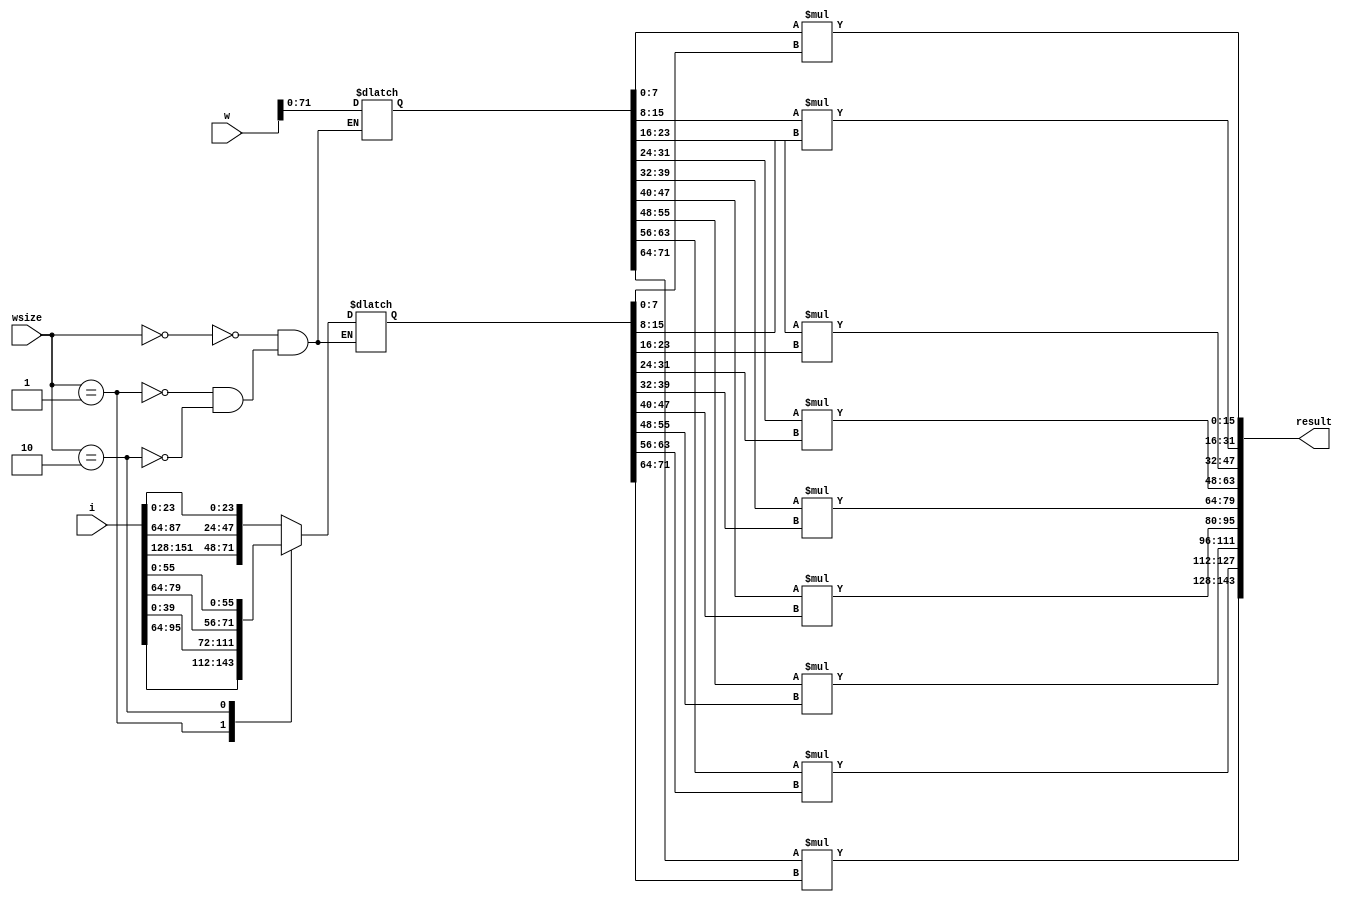
module CUBE#(
	
	parameter NO3 = 0,
	parameter NO5 = 0,
	parameter ID5 = 0,
	parameter NO7 = 0,
	parameter ID7 = 0
	
)(
	input [1:0]wsize,
	input [191:0]i,		// 3 REG
	input [391:0]w,		// max 7 * 7 * 8 bits
	output reg[143:0]result
);
	parameter SA= 0;
	parameter SB = 64;
	parameter SC = 128;
	parameter D1 = 7;
	parameter D2 = 15;
	parameter D3 = 23;
	parameter D4 = 31;
	parameter D5 = 39;
	parameter D6 = 47;
	parameter D7 = 55;
	
	reg [71:0]locali; 	//REG C B A get row
	reg [71:0]localw;
	//assign locali = (id<=5)? {i[128+23+8*id : 128+8*id] ,i[64+23+8*id : 64+8*id] ,i[23+8*id : 8*id]}: (id==6)? {i[135:128],i[191:176],i[71:64],i[127:112],i[7:0],i[63:48]} : {i[143:128],i[191,184],i[79:64],i[127:120],i[15:0],i[63:56]};
	integer j;
	
	always@(*)begin
		case(wsize)		
			0:begin		//3 * 3
				case(NO3)
					6:locali={i[SC +D1:SC +0],i[SC +D2+NO3*8 : SC +NO3*8],i[SB +D1:SB +0],i[SB +D2+NO3*8 : SB +NO3*8],i[D1:0],i[D2+NO3*8 :NO3*8]};
					7:locali={i[SC +D2:SC +0],i[SC +D1+NO3*8 : SC +NO3*8],i[SB +D2:SB +0],i[SB +D1+NO3*8 : SB +NO3*8],i[D2:0],i[D1+NO3*8 :NO3*8]};
					default: locali = {i[SC +D3+NO3*8 : SC +NO3*8] ,i[SB +D3+NO3*8 :SB +NO3*8] ,i[D3+NO3*8 : NO3*8]};
				endcase	
					/*
					6:locali = {i[135:128],i[191:176],i[71:64],i[127:112],i[7:0],i[63:48]};
					7:locali = {i[143:128],i[191:184],i[79:64],i[127:120],i[15:0],i[63:56]};*/
			end
			1:begin		//5 * 5
				case(ID5)	
					0:begin	//REG C B A
						case(NO5)
							4:locali = {i[SB+ D4+NO5*8: SB+ 0+NO5*8],i[D1:0],i[ D4+NO5*8: 0+NO5*8]};						//	7654 | 07654
							5:locali = {i[SB+ D1: SB+ 0],i[SB+ D3+NO5*8: SB+ 0+NO5*8],i[D2:0],i[ D3+NO5*8: 0+NO5*8]};	//	0765 | 10765
							6:locali = {i[SB+ D2: SB+ 0],i[SB+ D2+NO5*8: SB+ 0+NO5*8],i[D3:0],i[ D2+NO5*8: 0+NO5*8]};	//  1076 | 21076
							7:locali = {i[SB+ D3: SB+ 0],i[SB+ D1+NO5*8: SB+ 0+NO5*8],i[D4:0],i[ D1+NO5*8: 0+NO5*8]};		//  2107 | 32107
							default:locali = {i[SB+ D4+NO5*8: SB+ 0+NO5*8],i[ D5+NO5*8: 0+NO5*8]};	
						endcase
					end
					1:begin	 // REG D C B
						case(NO5)
							4:locali = {i[SC + D3+NO5*8: SC + 0 +NO5*8],i[SB+ D1+NO5*8: SB+ 0+NO5*8],i[SB + D4+NO5*8 : SB + 0+NO5*8],i[D1+(NO5-4)*8:(NO5-4)*8]};
							5:locali = {i[SC + D3+NO5*8: SC + 0 +NO5*8],i[SB+ D2: SB+ 0],i[SB + D3+NO5*8 : SB + 0+NO5*8],i[D1+(NO5-4)*8:(NO5-4)*8]};
							6:locali = {i[SC + D1: SC + 0],i[SC + D2+NO5*8: SC + 0 +NO5*8],i[SB+ D3: SB+ 0],i[SB + D2+NO5*8 : SB + 0+NO5*8],i[D1+(NO5-4)*8:(NO5-4)*8]};
							7:locali = {i[SC + D2: SC + 0],i[SC + D1+NO5*8: SC + 0 +NO5*8],i[SB+ D4: SB+ 0],i[SB + D1+NO5*8 : SB + 0+NO5*8],i[D1+(NO5-4)*8:(NO5-4)*8]};
							default:locali = {i[SC + D3+NO5*8: SC + 0 +NO5*8],i[SB + D5+NO5*8 : SB + 0+NO5*8],i[D1+(NO5+4)*8:(NO5+4)*8]};
						endcase
					end
					2:begin	 // REG E D C
						case(NO5)
							4:locali = {{16{1'b0}},i[SC + D1: SC +0],i[SC + D4+NO5*8 : SC + 0+NO5*8],i[SB + D1:SB +0],i[SB + D1+(NO5+3)*8 : SB + 0+(NO5+3)*8]};
							5:locali = {{16{1'b0}},i[SC + D2: SC +0],i[SC + D3+NO5*8 : SC + 0+NO5*8],i[SB + D2+(NO5-5)*8 : SB + 0+(NO5-5)*8]};
							6:locali = {{16{1'b0}},i[SC + D3: SC +0],i[SC + D2+NO5*8 : SC + 0+NO5*8],i[SB + D2+(NO5-5)*8 : SB + 0+(NO5-5)*8]};
							7:locali = {{16{1'b0}},i[SC + D4: SC +0],i[SC + D1+NO5*8 : SC + 0+NO5*8],i[SB + D2+(NO5-5)*8 : SB + 0+(NO5-5)*8]};
							default:locali= {{16{1'b0}},i[SC +D5+NO5*8 : SC +0+NO5*8],i[SB + D2+(NO5+3)*8 : SB + 0+(NO5+3)*8]};
						endcase
					end
					3:locali={72{1'b0}};
				endcase
			end
			2:begin  //7 * 7
				case(ID7)
					0:begin		// REG C B A
						case(NO7)
							2:locali={i[SB+ D2+NO7*8:SB+ 0+NO7*8],i[D1:0],i[D6+NO7*8: 0+NO7*8]};
							3:locali={i[SB+ D2+NO7*8:SB+ 0+NO7*8],i[D2:0],i[D5+NO7*8: 0+NO7*8]};
							4:locali={i[SB+ D2+NO7*8:SB+ 0+NO7*8],i[D3:0],i[D4+NO7*8: 0+NO7*8]};
							5:locali={i[SB+ D2+NO7*8:SB+ 0+NO7*8],i[D4:0],i[D3+NO7*8: 0+NO7*8]};
							6:locali={i[SB+ D2+NO7*8:SB+ 0+NO7*8],i[D5:0],i[D2+NO7*8: 0+NO7*8]};
							7:locali={i[SB+ D1:SB+ 0],i[SB+ D1+NO7*8:SB+ 0+NO7*8],i[D6:0],i[D1+NO7*8: 0+NO7*8]};
							default:locali={i[SB+ D2+NO7*8 :SB+ 0+NO7*8],i[D7+NO7*8: 0+NO7*8]};
						endcase
					end
					1:begin	  //REG D C B
						case(NO7)
							2:locali={i[SB +D4+NO7*8:SB +0+NO7*8],i[D1:0],i[D4+(NO7+2)*8:0+(NO7+2)*8]};
							3:locali={i[SB +D4+NO7*8:SB +0+NO7*8],i[D2:0],i[D3+(NO7+2)*8:0+(NO7+2)*8]};
							4:locali={i[SB +D4+NO7*8:SB +0+NO7*8],i[D3:0],i[D2+(NO7+2)*8:0+(NO7+2)*8]};
							5:locali={i[SB +D1:SB+0],i[SB +D3+NO7*8:SB +0+NO7*8],i[D4:0],i[D1+(NO7+2)*8:0+(NO7+2)*8]};
							6:locali={i[SB +D2:SB+0],i[SB +D2+NO7*8:SB +0+NO7*8],i[D5:0]};
							7:locali={i[SB +D3:SB+0],i[SB +D1+NO7*8:SB +0+NO7*8],i[D5+8:8]};
							default:locali={i[SB +D4+NO7*8:SB +0+NO7*8],i[D5+(NO7+2)*8:0+(NO7+2)*8]};
						endcase
					end
					2:begin	 //REG E D C
						case(NO7)
							2:locali={i[SB +D6+NO7*8:SB +NO7*8],i[D1:0],i[D2+ (NO7+4)*8: (NO7+4)*8]};
							3:locali={i[SB +D1:SB+0],i[SB +D5+NO7*8:SB +NO7*8],i[D2:0],i[D1+ (NO7+4)*8: (NO7+4)*8]};
							4:locali={i[SB +D2:SB+0],i[SB +D4+NO7*8:SB +NO7*8],i[D3+ (NO7-4)*8: (NO7-4)*8]};
							5:locali={i[SB +D3:SB+0],i[SB +D3+NO7*8:SB +NO7*8],i[D3+ (NO7-4)*8: (NO7-4)*8]};
							6:locali={i[SB +D4:SB+0],i[SB +D2+NO7*8:SB +NO7*8],i[D3+ (NO7-4)*8: (NO7-4)*8]};
							7:locali={i[SB +D5:SB+0],i[SB +D1+NO7*8:SB +NO7*8],i[D3+ (NO7-4)*8: (NO7-4)*8]};
							default:locali={i[SB +D6+NO7*8:SB +NO7*8],i[D3+ (NO7+4)*8: (NO7+4)*8]};
						endcase
					end
					3:begin	 //REG F E D
						case(NO7)
							2:locali={i[SC +D1+NO7*8:SC +NO7*8],i[SB +D1:SB +0],i[SB +D6+NO7*8:SB +0+NO7*8],i[D1+(NO7-2)*8:(NO7-2)*8]};
							3:locali={i[SC +D1+NO7*8:SC +NO7*8],i[SB +D2:SB +0],i[SB +D5+NO7*8:SB +0+NO7*8],i[D1+(NO7-2)*8:(NO7-2)*8]};
							4:locali={i[SC +D1+NO7*8:SC +NO7*8],i[SB +D3:SB +0],i[SB +D4+NO7*8:SB +0+NO7*8],i[D1+(NO7-2)*8:(NO7-2)*8]};
							5:locali={i[SC +D1+NO7*8:SC +NO7*8],i[SB +D4:SB +0],i[SB +D3+NO7*8:SB +0+NO7*8],i[D1+(NO7-2)*8:(NO7-2)*8]};
							6:locali={i[SC +D1+NO7*8:SC +NO7*8],i[SB +D5:SB +0],i[SB +D2+NO7*8:SB +0+NO7*8],i[D1+(NO7-2)*8:(NO7-2)*8]};
							7:locali={i[SC +D1+NO7*8:SC +NO7*8],i[SB +D6:SB +0],i[SB +D1+NO7*8:SB +0+NO7*8],i[D1+(NO7-2)*8:(NO7-2)*8]};
							default:locali={i[SC +D1+NO7*8:SC +NO7*8],i[SB +D7+NO7*8:SB +NO7*8],i[D1+(NO7+6)*8:(NO7+6)*8]};
						endcase
					end
					4:begin	 //REG G F E
						case(NO7)
							2:locali={i[SC +D3+NO7*8:SC +0+NO7*8],i[SB +D1:SB +0],i[SB +D5+(NO7+1)*8:SB +0+(NO7+1)*8]};
							3:locali={i[SC +D3+NO7*8:SC +0+NO7*8],i[SB +D2:SB +0],i[SB +D4+(NO7+1)*8:SB +0+(NO7+1)*8]};
							4:locali={i[SC +D3+NO7*8:SC +0+NO7*8],i[SB +D3:SB +0],i[SB +D3+(NO7+1)*8:SB +0+(NO7+1)*8]};
							5:locali={i[SC +D3+NO7*8:SC +0+NO7*8],i[SB +D4:SB +0],i[SB +D2+(NO7+1)*8:SB +0+(NO7+1)*8]};
							6:locali={i[SC +D1:SC +0],i[SC +D2+NO7*8:SC +0+NO7*8],i[SB +D5:SB +0],i[SB +D1+(NO7+1)*8:SB +0+(NO7+1)*8]};
							7:locali={i[SC +D2:SC +0],i[SC +D1+NO7*8:SC +0+NO7*8],i[SB +D6:SB +0]};
							default:locali={i[SC +D3+NO7*8:SC +0+NO7*8],i[SB +D6+(NO7+1)*8:SB +0+(NO7+1)*8]};
						endcase
					end
					5:begin  //REG G F END
						case(NO7)	
							2:locali={{40{1'b0}},i[SC +D1:SC +0],i[SC +D3+(NO7+3)*8:SC +0+(NO7+3)*8]};
							3:locali={{40{1'b0}},i[SC +D2:SC +0],i[SC +D2+(NO7+3)*8:SC +0+(NO7+3)*8]};
							4:locali={{40{1'b0}},i[SC +D3:SC +0],i[SC +D1+(NO7+3)*8:SC +0+(NO7+3)*8]};
							5:locali={{40{1'b0}},i[SC +D4:SC +0]};
							6:locali={{40{1'b0}},i[SC +D4+8:SC +8]};
							7:locali={{40{1'b0}},i[SC +D4+15:SC +15]};
							default:locali={{40{1'b0}},i[SC +D4+(NO7+3)*8:SC +0+(NO7+3)*8]};
						endcase
					end
					6:locali={72{1'b0}};
				endcase
			end
		endcase
	end
	
	always@(*)begin
		case(wsize)
			0:localw = w[71:0];
			1:localw = w[ID5*72+71:ID5*72];
			2:begin
				case(ID7)
					5:localw = {32'b0,w[391:360]};
					6:localw = 0;
					default:localw = w[ID5*72+71:ID5*72];
				endcase
			end
		endcase
	end
	
	always@(*)begin
		for(j=0;j<9;j=j+1)begin
			result[16*j +: 16]= localw[8*j +: 8] * locali[8*j +: 8];
		end
	end
	/*
		result[15:0]   = w[7 : 0]   * locali[7 : 0]; 	//0
		result[63:48]  = w[15 : 8]  * locali[15 : 8];   //1
		result[111:96] = w[23 : 16] * locali[23 : 16];  //2
		result[31:16]  = w[31 : 24] * locali[31 : 24];  //3
		result[79:64]  = w[39 : 32] * locali[39 : 32];
		result[127:112]= w[47 : 40] * locali[47 : 40];
		result[47:32]  = w[55 : 48] * locali[55 : 48];
		result[95:80]  = w[63 : 56] * locali[63 : 56];
		result[143:128]= w[71 : 64] * locali[71 : 64];
	*/
		/*
		 0 3 6
		 1 4 7
		 2 5 8
		 result = [ 8 , 5 , 2 , 7 , 4 , 1 , 6 , 3 , 0 ] for add
		*/
		/*
		//integer j;
		for(j=0;j<9;j=j+1)begin
			result[?]= w[8*j+7 : 8*j] * locali[8*j+7 : 8*j];
		end
		*/
	
endmodule


module MUL#(
	parameter In_Width   = 8, 
	parameter Out_Width  = 9,
	parameter Addr_Width = 16
)(
	input clk,
	input rst,
	input [1:0]ctrl,			//0: end , 1:start , 2:hold   
	
	input  [63:0] i_data, 		
	input  [63:0] w_data,
	input i_valid,w_valid,
	input  [1:0] Wsize,
	input  stride,
	output reg [9215:0] result,
	output reg res_valid,

	output finish

);
	parameter STATE_Width = 3;
	parameter FINISH  = 3'd1;
	parameter WAIT   = 3'd2;
	parameter COMPUTE = 3'd3;
	
	parameter HOLD = 2'd2;
	parameter START = 2'd1;
	parameter END = 2'd0;
	
	parameter D1 = 63;
	parameter KEEP =32;

	reg [STATE_Width-1:0] PS, NS;
    
	wire[191:0]icu0; 	//REG A B C			//can reg? 3 regx
	wire[191:0]icu1;	//REG A B C ,B C D	
	wire[191:0]icu2;	//REG A B C ,C D E	
	wire[191:0]icu3;	//REG A B C ,D E F 
	wire[191:0]icu4;	//REG A B C ,B C D , E F G
	wire[191:0]icu5;	//REG A B C ,C D E , E F G 
	
	//ifm 
	reg [63:0]rega;
	reg [63:0]regb;
	reg [63:0]regc;
	reg [63:0]regd;
	reg [63:0]rege;
	reg [63:0]regf;
	reg [63:0]regg;
	reg [63:0]regh;
	
	//reg [447:0]w;				//5 * 5 * 8 bits * 2 => (50 -> 56) * 8 / 64 = 7.0
	reg [1599:0]w;	 
	reg [3:0]widcnt;			//current regw save 4 w
	reg [5:0]widstart;
	reg [391:0]wcu[0:7];
	integer idx,idxx;
	/*
	wire [391:0]wcu0;
	wire [391:0]wcu1;
	wire [391:0]wcu2;
	wire [391:0]wcu3;
	wire [391:0]wcu4;
	wire [391:0]wcu5;
	wire [391:0]wcu6;
	wire [391:0]wcu7;*/
	
	reg [3:0]ccnt,rcnt;			// 8 ccnt => 1 rcnt
	reg cnt7_7_2;
	
	wire [9215:0]result_tmp;
	/*
	genvar idx;
	generate 
		for(idx=0 ; idx<64 ; idx =idx+1)begin: label
			CUBE #(.NO3(),.NO5(),.ID5(),.NO7(),.ID7())cube(.wsize(Wsize),.i(icu),.w(wcu),.result(res[143:0]));
		end
	endgenerate
	*/
	/*
	CUBE #(0)C0(.i(icu),.w(wcu),.result(res[143:0]));
	CUBE #(1)C1(.i(icu),.w(wcu),.result(res[287:144]));
	CUBE #(2)C2(.i(icu),.w(wcu),.result(res[431:288]));
	CUBE #(3)C3(.i(icu),.w(wcu),.result(res[575:432]));
	CUBE #(4)C4(.i(icu),.w(wcu),.result(res[719:576]));
	CUBE #(5)C5(.i(icu),.w(wcu),.result(res[863:720]));
	CUBE #(6)C6(.i(icu),.w(wcu),.result(res[1007:864]));
	CUBE #(7)C7(.i(icu),.w(wcu),.result(res[1151:1008]));*/
	
	CUBE #(.NO3(0),.NO5(0),.ID5(0),.NO7(0),.ID7(0))C0(.wsize(Wsize),.i(icu0),.w(wcu[0]),.result(result_tmp[1151:1008]));
	CUBE #(.NO3(1),.NO5(0),.ID5(1),.NO7(0),.ID7(1))C1(.wsize(Wsize),.i(icu1),.w(wcu[0]),.result(result_tmp[1151:1008]));
	CUBE #(.NO3(2),.NO5(0),.ID5(2),.NO7(0),.ID7(2))C2(.wsize(Wsize),.i(icu2),.w(wcu[0]),.result(result_tmp[1151:1008]));
	CUBE #(.NO3(3),.NO5(1),.ID5(0),.NO7(0),.ID7(3))C3(.wsize(Wsize),.i(icu3),.w(wcu[0]),.result(result_tmp[1151:1008]));
	CUBE #(.NO3(4),.NO5(1),.ID5(1),.NO7(0),.ID7(4))C4(.wsize(Wsize),.i(icu4),.w(wcu[0]),.result(result_tmp[1151:1008]));
	CUBE #(.NO3(5),.NO5(1),.ID5(2),.NO7(0),.ID7(5))C5(.wsize(Wsize),.i(icu5),.w(wcu[0]),.result(result_tmp[1151:1008]));
	CUBE #(.NO3(6),.NO5(2),.ID5(0),.NO7(1),.ID7(6))C6(.wsize(Wsize),.i(icu0),.w(wcu[0]),.result(result_tmp[1151:1008]));
	CUBE #(.NO3(7),.NO5(2),.ID5(1),.NO7(1),.ID7(7))C7(.wsize(Wsize),.i(icu1),.w(wcu[0]),.result(result_tmp[1151:1008]));
	CUBE #(.NO3(0),.NO5(2),.ID5(2),.NO7(1),.ID7(0))C8(.wsize(Wsize),.i(icu2),.w(wcu[1]),.result(result_tmp[1151:1008]));
	CUBE #(.NO3(1),.NO5(3),.ID5(0),.NO7(1),.ID7(1))C9(.wsize(Wsize),.i(icu3),.w(wcu[1]),.result(result_tmp[1151:1008]));
	CUBE #(.NO3(2),.NO5(3),.ID5(1),.NO7(1),.ID7(2))C10(.wsize(Wsize),.i(icu4),.w(wcu[1]),.result(result_tmp[1151:1008]));
	CUBE #(.NO3(3),.NO5(3),.ID5(2),.NO7(1),.ID7(3))C11(.wsize(Wsize),.i(icu5),.w(wcu[1]),.result(result_tmp[1151:1008]));
	CUBE #(.NO3(4),.NO5(4),.ID5(0),.NO7(2),.ID7(4))C12(.wsize(Wsize),.i(icu0),.w(wcu[1]),.result(result_tmp[1151:1008]));
	CUBE #(.NO3(5),.NO5(4),.ID5(1),.NO7(2),.ID7(5))C13(.wsize(Wsize),.i(icu1),.w(wcu[1]),.result(result_tmp[1151:1008]));
	CUBE #(.NO3(6),.NO5(4),.ID5(2),.NO7(2),.ID7(6))C14(.wsize(Wsize),.i(icu2),.w(wcu[1]),.result(result_tmp[1151:1008]));
	CUBE #(.NO3(7),.NO5(5),.ID5(0),.NO7(2),.ID7(7))C15(.wsize(Wsize),.i(icu3),.w(wcu[1]),.result(result_tmp[1151:1008]));
	CUBE #(.NO3(0),.NO5(5),.ID5(1),.NO7(2),.ID7(0))C16(.wsize(Wsize),.i(icu4),.w(wcu[2]),.result(result_tmp[1151:1008]));
	CUBE #(.NO3(1),.NO5(5),.ID5(2),.NO7(2),.ID7(1))C17(.wsize(Wsize),.i(icu5),.w(wcu[2]),.result(result_tmp[1151:1008]));
	CUBE #(.NO3(2),.NO5(6),.ID5(0),.NO7(3),.ID7(2))C18(.wsize(Wsize),.i(icu0),.w(wcu[2]),.result(result_tmp[1151:1008]));
	CUBE #(.NO3(3),.NO5(6),.ID5(1),.NO7(3),.ID7(3))C19(.wsize(Wsize),.i(icu1),.w(wcu[2]),.result(result_tmp[1151:1008]));
	CUBE #(.NO3(4),.NO5(6),.ID5(2),.NO7(3),.ID7(4))C20(.wsize(Wsize),.i(icu2),.w(wcu[2]),.result(result_tmp[1151:1008]));
	CUBE #(.NO3(5),.NO5(7),.ID5(0),.NO7(3),.ID7(5))C21(.wsize(Wsize),.i(icu3),.w(wcu[2]),.result(result_tmp[1151:1008]));
	CUBE #(.NO3(6),.NO5(7),.ID5(1),.NO7(3),.ID7(6))C22(.wsize(Wsize),.i(icu4),.w(wcu[2]),.result(result_tmp[1151:1008]));
	CUBE #(.NO3(7),.NO5(7),.ID5(2),.NO7(3),.ID7(7))C23(.wsize(Wsize),.i(icu5),.w(wcu[2]),.result(result_tmp[1151:1008]));
	CUBE #(.NO3(0),.NO5(0),.ID5(0),.NO7(4),.ID7(0))C24(.wsize(Wsize),.i(icu0),.w(wcu[3]),.result(result_tmp[1151:1008]));
	CUBE #(.NO3(1),.NO5(0),.ID5(1),.NO7(4),.ID7(1))C25(.wsize(Wsize),.i(icu1),.w(wcu[3]),.result(result_tmp[1151:1008]));
	CUBE #(.NO3(2),.NO5(0),.ID5(2),.NO7(4),.ID7(2))C26(.wsize(Wsize),.i(icu2),.w(wcu[3]),.result(result_tmp[1151:1008]));
	CUBE #(.NO3(3),.NO5(1),.ID5(0),.NO7(4),.ID7(3))C27(.wsize(Wsize),.i(icu3),.w(wcu[3]),.result(result_tmp[1151:1008]));
	CUBE #(.NO3(4),.NO5(1),.ID5(1),.NO7(4),.ID7(4))C28(.wsize(Wsize),.i(icu4),.w(wcu[3]),.result(result_tmp[1151:1008]));
	CUBE #(.NO3(5),.NO5(1),.ID5(2),.NO7(4),.ID7(5))C29(.wsize(Wsize),.i(icu5),.w(wcu[3]),.result(result_tmp[1151:1008]));
	CUBE #(.NO3(6),.NO5(2),.ID5(0),.NO7(5),.ID7(6))C30(.wsize(Wsize),.i(icu0),.w(wcu[3]),.result(result_tmp[1151:1008]));
	CUBE #(.NO3(7),.NO5(2),.ID5(1),.NO7(5),.ID7(7))C31(.wsize(Wsize),.i(icu1),.w(wcu[3]),.result(result_tmp[1151:1008]));
	CUBE #(.NO3(0),.NO5(2),.ID5(2),.NO7(5),.ID7(0))C32(.wsize(Wsize),.i(icu2),.w(wcu[4]),.result(result_tmp[1151:1008]));
	CUBE #(.NO3(1),.NO5(3),.ID5(0),.NO7(5),.ID7(1))C33(.wsize(Wsize),.i(icu3),.w(wcu[4]),.result(result_tmp[1151:1008]));
	CUBE #(.NO3(2),.NO5(3),.ID5(1),.NO7(5),.ID7(2))C34(.wsize(Wsize),.i(icu4),.w(wcu[4]),.result(result_tmp[1151:1008]));
	CUBE #(.NO3(3),.NO5(3),.ID5(2),.NO7(5),.ID7(3))C35(.wsize(Wsize),.i(icu5),.w(wcu[4]),.result(result_tmp[1151:1008]));
	CUBE #(.NO3(4),.NO5(4),.ID5(0),.NO7(6),.ID7(4))C36(.wsize(Wsize),.i(icu0),.w(wcu[4]),.result(result_tmp[1151:1008]));
	CUBE #(.NO3(5),.NO5(4),.ID5(1),.NO7(6),.ID7(5))C37(.wsize(Wsize),.i(icu1),.w(wcu[4]),.result(result_tmp[1151:1008]));
	CUBE #(.NO3(6),.NO5(4),.ID5(2),.NO7(6),.ID7(6))C38(.wsize(Wsize),.i(icu2),.w(wcu[4]),.result(result_tmp[1151:1008]));
	CUBE #(.NO3(7),.NO5(5),.ID5(0),.NO7(6),.ID7(7))C39(.wsize(Wsize),.i(icu3),.w(wcu[4]),.result(result_tmp[1151:1008]));
	CUBE #(.NO3(0),.NO5(5),.ID5(1),.NO7(6),.ID7(0))C40(.wsize(Wsize),.i(icu4),.w(wcu[5]),.result(result_tmp[1151:1008]));
	CUBE #(.NO3(1),.NO5(5),.ID5(2),.NO7(6),.ID7(1))C41(.wsize(Wsize),.i(icu5),.w(wcu[5]),.result(result_tmp[1151:1008]));
	CUBE #(.NO3(2),.NO5(6),.ID5(0),.NO7(7),.ID7(2))C42(.wsize(Wsize),.i(icu0),.w(wcu[5]),.result(result_tmp[1151:1008]));
	CUBE #(.NO3(3),.NO5(6),.ID5(1),.NO7(7),.ID7(3))C43(.wsize(Wsize),.i(icu1),.w(wcu[5]),.result(result_tmp[1151:1008]));
	CUBE #(.NO3(4),.NO5(6),.ID5(2),.NO7(7),.ID7(4))C44(.wsize(Wsize),.i(icu2),.w(wcu[5]),.result(result_tmp[1151:1008]));
	CUBE #(.NO3(5),.NO5(7),.ID5(0),.NO7(7),.ID7(5))C45(.wsize(Wsize),.i(icu3),.w(wcu[5]),.result(result_tmp[1151:1008]));
	CUBE #(.NO3(6),.NO5(7),.ID5(1),.NO7(7),.ID7(6))C46(.wsize(Wsize),.i(icu4),.w(wcu[5]),.result(result_tmp[1151:1008]));
	CUBE #(.NO3(7),.NO5(7),.ID5(2),.NO7(7),.ID7(7))C47(.wsize(Wsize),.i(icu5),.w(wcu[5]),.result(result_tmp[1151:1008]));
	
	CUBE #(.NO3(0),.NO5(4),.ID5(3),.NO7(1),.ID7(6))C48(.wsize(Wsize),.i(icu0),.w(wcu[6]),.result(result_tmp[1151:1008]));
	CUBE #(.NO3(1),.NO5(4),.ID5(3),.NO7(1),.ID7(6))C49(.wsize(Wsize),.i(icu0),.w(wcu[6]),.result(result_tmp[1151:1008]));
	CUBE #(.NO3(2),.NO5(4),.ID5(3),.NO7(1),.ID7(6))C50(.wsize(Wsize),.i(icu0),.w(wcu[6]),.result(result_tmp[1151:1008]));
	CUBE #(.NO3(3),.NO5(4),.ID5(3),.NO7(1),.ID7(6))C51(.wsize(Wsize),.i(icu0),.w(wcu[6]),.result(result_tmp[1151:1008]));
	CUBE #(.NO3(4),.NO5(4),.ID5(3),.NO7(1),.ID7(6))C52(.wsize(Wsize),.i(icu0),.w(wcu[6]),.result(result_tmp[1151:1008]));
	CUBE #(.NO3(5),.NO5(4),.ID5(3),.NO7(1),.ID7(6))C53(.wsize(Wsize),.i(icu0),.w(wcu[6]),.result(result_tmp[1151:1008]));
	CUBE #(.NO3(6),.NO5(4),.ID5(3),.NO7(1),.ID7(6))C54(.wsize(Wsize),.i(icu0),.w(wcu[6]),.result(result_tmp[1151:1008]));
	CUBE #(.NO3(7),.NO5(4),.ID5(3),.NO7(1),.ID7(6))C55(.wsize(Wsize),.i(icu0),.w(wcu[6]),.result(result_tmp[1151:1008]));
	CUBE #(.NO3(0),.NO5(4),.ID5(3),.NO7(1),.ID7(6))C56(.wsize(Wsize),.i(icu0),.w(wcu[7]),.result(result_tmp[1151:1008]));
	CUBE #(.NO3(1),.NO5(4),.ID5(3),.NO7(1),.ID7(6))C57(.wsize(Wsize),.i(icu0),.w(wcu[7]),.result(result_tmp[1151:1008]));
	CUBE #(.NO3(2),.NO5(4),.ID5(3),.NO7(1),.ID7(6))C58(.wsize(Wsize),.i(icu0),.w(wcu[7]),.result(result_tmp[1151:1008]));
	CUBE #(.NO3(3),.NO5(4),.ID5(3),.NO7(1),.ID7(6))C59(.wsize(Wsize),.i(icu0),.w(wcu[7]),.result(result_tmp[1151:1008]));
	CUBE #(.NO3(4),.NO5(4),.ID5(3),.NO7(1),.ID7(6))C60(.wsize(Wsize),.i(icu0),.w(wcu[7]),.result(result_tmp[1151:1008]));
	CUBE #(.NO3(5),.NO5(4),.ID5(3),.NO7(1),.ID7(6))C61(.wsize(Wsize),.i(icu0),.w(wcu[7]),.result(result_tmp[1151:1008]));
	CUBE #(.NO3(6),.NO5(4),.ID5(3),.NO7(1),.ID7(6))C62(.wsize(Wsize),.i(icu0),.w(wcu[7]),.result(result_tmp[1151:1008]));
	CUBE #(.NO3(7),.NO5(4),.ID5(3),.NO7(1),.ID7(6))C63(.wsize(Wsize),.i(icu0),.w(wcu[7]),.result(result_tmp[1151:1008]));
	
 
	assign icu0 = {regc,regb,rega};
	assign icu1 = (Wsize==0)?{regc,regb,rega} : {regd,regc,regb};
	assign icu2 = (Wsize==0)?{regc,regb,rega} : {rege,regd,regc};
	assign icu3 = (Wsize==0)?{regc,regb,rega} : (Wsize==1)? {regc,regb,rega}: {regf,rege,regd};
	assign icu4 = (Wsize==0)?{regc,regb,rega} : (Wsize==1)? {regd,regc,regb}: {regg,regf,rege};
	assign icu5 = (Wsize==0)?{regc,regb,rega} : (Wsize==1)? {rege,regd,regc}: {regg,regf,rege};
	
	assign finish = (PS == FINISH);
	
	always@(*)begin
		if(rst)begin
			result= 0;
		end
		if(stride==0)begin
			result = result_tmp; 
		end/*
		else begin
			result = {result_tmp[NO0,2,4,6]};
		end*/
	end
	
	/* FSM */
	always@(posedge clk or negedge rst)begin
		if(!rst)begin
			PS<=WAIT;
		end
		else begin
			PS<=NS;
		end
	end
	always@(*)begin
		NS = PS;
		res_valid=0;
		case(PS)
			WAIT:begin
				NS=WAIT;
				if(ctrl==START)begin
					NS=COMPUTE;
				end
				if(ctrl==END)begin
					NS=FINISH;
				end
			end
			COMPUTE:begin
				NS=COMPUTE;
				res_valid=1;
				if(ctrl==HOLD)begin
					NS=WAIT;
				end
				if(ctrl==END)begin
					NS=FINISH;
				end
			end
			FINISH:begin
				NS=FINISH;
			end
		endcase
	end

	/* get wcu */
	always@(*)begin
		case(PS)
			COMPUTE:begin
				case(Wsize)
					0:begin		//3 * 3
						case(rcnt)
							0:begin
								for(idx=0;idx<8;idx=idx+1)begin
									wcu[idx]={320'b0,w[idx*72+:72]};
								end
							end
							1:begin
								for(idx=0;idx<8;idx=idx+1)begin
									wcu[idx]={320'b0,w[576+idx*72 +:72]};
								end
							end
						endcase
					end
					1:begin		//5 * 5
						wcu[6]=0;
						wcu[7]=0;
						case(rcnt)
							0:begin
								for(idx=0;idx<3;idx=idx+1)begin
									wcu[idx]={192'b0,w[199:0]};
								end
								for(idxx=3;idxx<6;idxx=idxx+1)begin
									wcu[idxx]={192'b0,w[399 :200]};
								end
							end
							1:begin
								for(idx=0;idx<3;idx=idx+1)begin
									wcu[idx]={192'b0,w[599:400]};
								end
								for(idxx=3;idxx<6;idxx=idxx+1)begin
									wcu[idxx]={192'b0,w[799 :600]};
								end
							end
							2:begin
								for(idx=0;idx<3;idx=idx+1)begin
									wcu[idx]={192'b0,w[999:800]};
								end
								for(idxx=6;idxx<6;idxx=idxx+1)begin
									wcu[idxx]={192'b0,w[1199 :1000]};
								end
							end
							3:begin
								for(idx=0;idx<3;idx=idx+1)begin
									wcu[idx]={192'b0,w[1399:1200]};
								end
								for(idxx=3;idxx<6;idxx=idxx+1)begin
									wcu[idxx]={192'b0,w[1599 :1400]};
								end
							end
						endcase
					end
					2:begin		// 7 * 7
						wcu[6]=0;
						wcu[7]=0;
						case(rcnt)
							0:begin
								for(idx=0;idx<6;idx=idx+1)begin
									wcu[idx]=w[491:0];
								end
							end
							1:begin
								for(idx=0;idx<6;idx=idx+1)begin
									wcu[idx]={192'b0,w[783:492]};
								end
							end
							2:begin
								for(idx=0;idx<6;idx=idx+1)begin
									wcu[idx]={192'b0,w[1175:784]};
								end
							end
							3:begin
								for(idx=0;idx<6;idx=idx+1)begin
									wcu[idx]={192'b0,w[1567:1176]};
								end
							end
						endcase
					end
				endcase
			end
			default:begin
				for(idx=0;idx<8;idx=idx+1)begin
					wcu[idx]=0;
				end
			end
		endcase
	end

	/* get data*/
	always@(posedge clk or negedge rst)begin
		if(rst)begin
			rega<=0;
			regb<=0;
			regc<=0;
			regd<=0;
			rege<=0;
			regf<=0;
			regg<=0;
			regh<=0;
			w	<=0;
			widcnt<=0;
			widstart<=0;
			ccnt<=0;
			rcnt<=0;
			cnt7_7_2<=0;
		end
		else begin
			rega<=rega;
			regb<=regb;
			regc<=regc;
			regd<=regd;
			rege<=rege;
			regf<=regf;
			regg<=regg;
			regh<=regh;
			w	<=w;
			widcnt<=widcnt;
			widstart<=widstart;
			ccnt<=ccnt;
			rcnt<=rcnt;
			cnt7_7_2<=cnt7_7_2;
			case(PS)
				WAIT:begin
					if(i_valid)begin
						rega<=regb;
						regb<=regc;
						regc<=regd;
						regd<=rege;
						rege<=regf;
						regf<=regg;
						regg<=regh;
						regh<=i_data;
					end
					else if(w_valid)begin //3 , 5 full	
						case(widstart)
							0:begin
							/*
								w[319:256]<=w_data;
								w[256:0]<=w[319:63];
							end*/
								case(widcnt)
									0:w[63: 0]<=w_data;
									1:w[127:64]<=w_data;
									2:w[191:128]<=w_data;
									3:w[255:192]<=w_data;
									4:w[319:256]<=w_data;
									5:w[320+D1:320]<=w_data;
									6:w[384+D1:384]<=w_data;
									7:w[448+D1:448]<=w_data;
									8:w[512+D1:512]<=w_data;
									9:w[576+D1:576]<=w_data;
									10:w[640+D1:640]<=w_data;
									11:w[704+D1:704]<=w_data;
									12:w[768+D1:768]<=w_data;
									13:w[832+D1:832]<=w_data;
									14:w[896+D1:896]<=w_data;
									15:w[960+D1:960]<=w_data;
									16:w[1024+D1:1024]<=w_data;
									17:w[1088+D1:1088]<=w_data;
									18:w[1152+D1:1152]<=w_data;
									19:w[1216+D1:1216]<=w_data;
									20:w[1280+D1:1280]<=w_data;
									21:w[1344+D1:1344]<=w_data;
									22:w[1408+D1:1408]<=w_data;
									23:w[1472+D1:1472]<=w_data;
									24:w[1536+D1:1536]<=w_data;
								endcase
							
							end
							32:begin
							/*
								w[256+32:256-63+32]<=w_data;
								w[256-63+32:32]<=w[256+32:63+32];
							end*/	
								case(widcnt)
									0:w[63+KEEP: 0+KEEP]<=w_data;
									1:w[127+KEEP:64+KEEP]<=w_data;
									2:w[191+KEEP:128+KEEP]<=w_data;
									3:w[255+KEEP:192+KEEP]<=w_data;
									4:w[319+KEEP:256+KEEP]<=w_data;
									5:w[320+D1+KEEP:320+KEEP]<=w_data;
									6:w[384+D1+KEEP:384+KEEP]<=w_data;
									7:w[448+D1+KEEP:448+KEEP]<=w_data;
									8:w[512+D1+KEEP:512+KEEP]<=w_data;
									9:w[576+D1+KEEP:576+KEEP]<=w_data;
									10:w[640+D1+KEEP:640+KEEP]<=w_data;
									11:w[704+D1+KEEP:704+KEEP]<=w_data;
									12:w[768+D1+KEEP:768+KEEP]<=w_data;
									13:w[832+D1+KEEP:832+KEEP]<=w_data;
									14:w[896+D1+KEEP:896+KEEP]<=w_data;
									15:w[960+D1+KEEP:960+KEEP]<=w_data;
									16:w[1024+D1+KEEP:1024+KEEP]<=w_data;
									17:w[1088+D1+KEEP:1088+KEEP]<=w_data;
									18:w[1152+D1+KEEP:1152+KEEP]<=w_data;
									19:w[1216+D1+KEEP:1216+KEEP]<=w_data;
									20:w[1280+D1+KEEP:1280+KEEP]<=w_data;
									21:w[1344+D1+KEEP:1344+KEEP]<=w_data;
									22:w[1408+D1+KEEP:1408+KEEP]<=w_data;
									23:w[1472+D1+KEEP:1472+KEEP]<=w_data;
									24:w[1536+D1+KEEP:1536+KEEP]<=w_data;	
								endcase
							end
						endcase
						//w[63+widstart+(widcnt+1)*64 : widstart+widcnt*64]<=w_data;
						widcnt<=widcnt+1;
						//if((Wsize==0 && widcnt==18)||(Wsize==1 && widcnt==25)||(Wsize==2 && widcnt==25 && cnt_7_7_2==0) || (Wsize==2 && widcnt==24 && cnt_7_7_2))widcnt<=0;
						
					end
				end
				
				COMPUTE:begin
					// counter
					ccnt<=ccnt+1;
					
					// shift
					if(stride==0)begin	//stride = 1
						rega<=regb;
						regb<=regc;
						regc<=regd;
						regd<=rege;
						rege<=regf;
						regf<=regg;
						regg<=regh;
						regh<=rega;	
						if(ccnt==7)begin
							ccnt<=0;
							rcnt<=rcnt+1;
						end
					end
					else begin			//stride = 2
						rega<=regc;
						regb<=regd;
						regc<=rege;
						regd<=regf;
						rege<=regg;
						regf<=regh;
						regg<=rega;
						regh<=regb;
						if(ccnt==3)begin
							ccnt<=0;
							rcnt<=rcnt+1;
						end
					end
									
					// COMPUTE -> WAIT
					if(ctrl==HOLD)begin								
						if(Wsize==2)begin	// 7 * 7
							cnt7_7_2<= ~cnt7_7_2;		
							if(cnt7_7_2==0)begin
								w<=w[1599:1568];
								widstart<=32;
							end
							else begin
								w<=0;
								widstart<=0;
							end
						end
						else begin
							w<=0;
							widstart<=0;
						end
						widcnt<=0;					
						ccnt<=0;
						rcnt<=0;
					end	
				end			
			endcase
		end
	end
	
endmodule